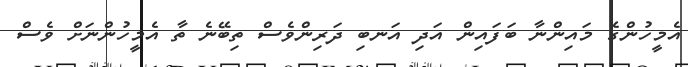
އެމީހުންގެ މައިންނާ ބަފައިން އަދި އަނބި ދަރިންވެސް ތިބޭނެ ތާ އެމީހުންނަށް ވެސް